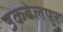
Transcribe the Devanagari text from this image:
उकबेलपुर